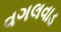
વગલવાડ